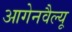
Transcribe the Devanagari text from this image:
आगेनवैल्यू